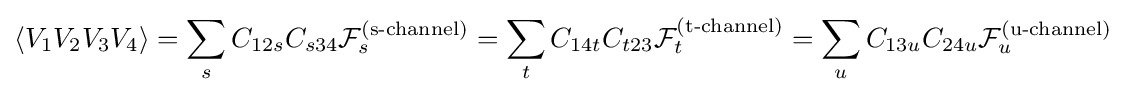
\left\langle V_{1}V_{2}V_{3}V_{4}\right\rangle =\sum _{s}C_{12s}C_{s34}{\mathcal {F}}_{s}^{\text{(s-channel)}}=\sum _{t}C_{14t}C_{t23}{\mathcal {F}}_{t}^{\text{(t-channel)}}=\sum _{u}C_{13u}C_{24u}{\mathcal {F}}_{u}^{\text{(u-channel)}}\